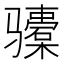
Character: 𬴎